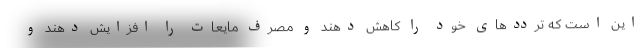
این است که ترددهای خود را کاهش دهند و مصرف مایعات را افزایش دهند و